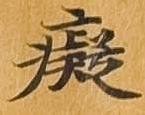
癡